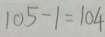
1 0 5 - 1 = 1 0 4